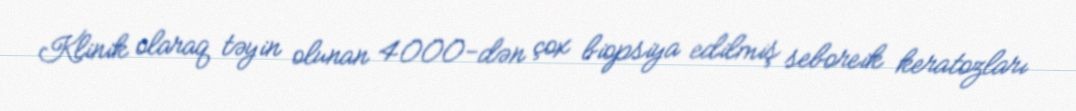
Klinik olaraq təyin olunan 4000-dən çox biopsiya edilmiş seboreik keratozları